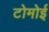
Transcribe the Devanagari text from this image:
टोमोई